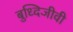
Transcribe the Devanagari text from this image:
बुध्दिजीवी